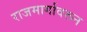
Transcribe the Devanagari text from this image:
राजमार्गावरून